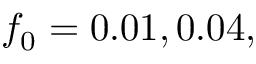
f _ { 0 } = 0 . 0 1 , 0 . 0 4 ,